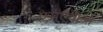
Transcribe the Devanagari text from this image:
एमएवीओ